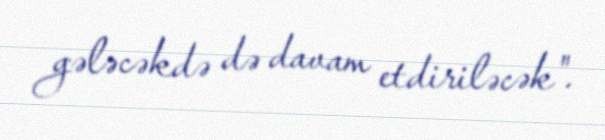
gələcəkdə də davam etdiriləcək".